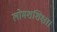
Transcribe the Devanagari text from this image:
लोमशशिक्षा।